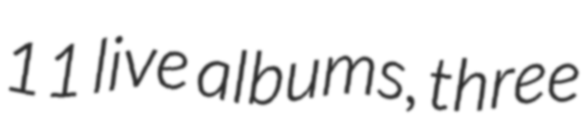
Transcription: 11 live albums, three